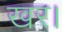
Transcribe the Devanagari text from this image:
खर।